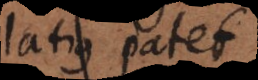
latius patet.